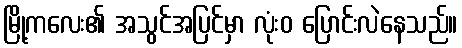
မြို့ကလေး၏ အသွင်အပြင်မှာ လုံးဝ ပြောင်းလဲနေသည်။